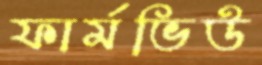
ফার্মভিউ